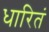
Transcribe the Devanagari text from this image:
धारितं